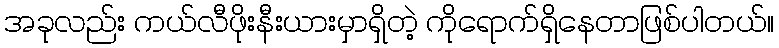
အခုလည်း ကယ်လီဖိုးနီးယားမှာရှိတဲ့ ကိုရောက်ရှိနေတာဖြစ်ပါတယ်။